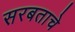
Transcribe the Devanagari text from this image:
सरबताचे